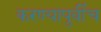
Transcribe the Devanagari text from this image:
करण्यापुर्वीच